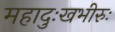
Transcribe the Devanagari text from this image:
महादुःखभीरुः